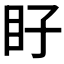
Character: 𭾝